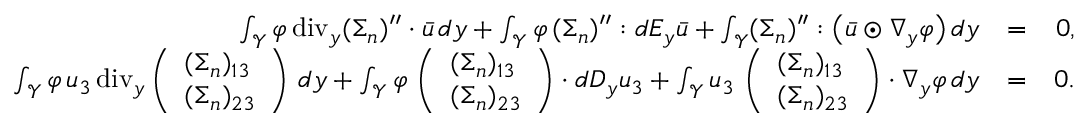
\begin{array} { r l r } { \int _ { \mathcal { Y } } \varphi \, \mathrm { d i v } _ { y } ( \Sigma _ { n } ) ^ { \prime \prime } \cdot \bar { u } \, d y + \int _ { \mathcal { Y } } \varphi \, ( \Sigma _ { n } ) ^ { \prime \prime } : d E _ { y } \bar { u } + \int _ { \mathcal { Y } } ( \Sigma _ { n } ) ^ { \prime \prime } : \big ( \bar { u } \odot \nabla _ { y } \varphi \big ) \, d y } & { = } & { 0 , } \\ { \int _ { \mathcal { Y } } \varphi \, u _ { 3 } \, \mathrm { d i v } _ { y } \left( \begin{array} { l } { ( \Sigma _ { n } ) _ { 1 3 } } \\ { ( \Sigma _ { n } ) _ { 2 3 } } \end{array} \right) \, d y + \int _ { \mathcal { Y } } \varphi \, \left( \begin{array} { l } { ( \Sigma _ { n } ) _ { 1 3 } } \\ { ( \Sigma _ { n } ) _ { 2 3 } } \end{array} \right) \cdot d D _ { y } u _ { 3 } + \int _ { \mathcal { Y } } u _ { 3 } \, \left( \begin{array} { l } { ( \Sigma _ { n } ) _ { 1 3 } } \\ { ( \Sigma _ { n } ) _ { 2 3 } } \end{array} \right) \cdot \nabla _ { y } \varphi \, d y } & { = } & { 0 . } \end{array}